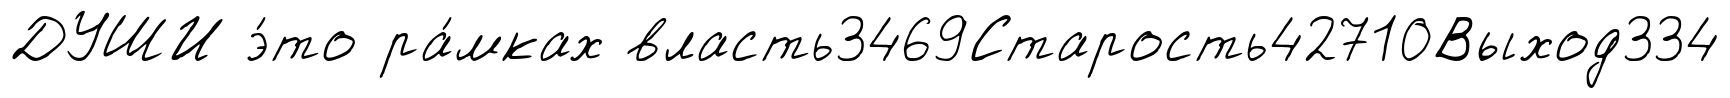
ДУШИ э́то ра́мках власть3469Старость42710Выход334